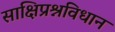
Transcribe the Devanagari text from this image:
साक्षिप्रश्नविधान